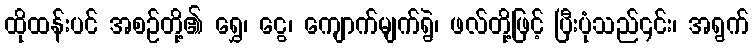
ထိုထန်းပင် အစဉ်တို့၏ ရွှေ၊ ငွေ၊ ကျောက်မျက်ရွဲ၊ ဖလ်တို့ဖြင့် ပြီးပုံသည်၎င်း၊ အရွက်